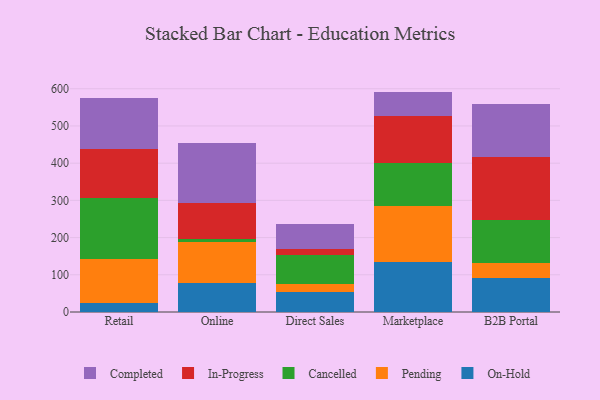
{"axis": {"x": "Channel", "y": "Tickets Resolved"}, "legend": ["Cancelled", "Completed", "In-Progress", "On-Hold", "Pending"], "data": [{"x": "Retail", "y": 24.7, "type": "On-Hold"}, {"x": "Retail", "y": 116.8, "type": "Pending"}, {"x": "Retail", "y": 164.6, "type": "Cancelled"}, {"x": "Retail", "y": 131.3, "type": "In-Progress"}, {"x": "Retail", "y": 138.9, "type": "Completed"}, {"x": "Online", "y": 77.4, "type": "On-Hold"}, {"x": "Online", "y": 111.8, "type": "Pending"}, {"x": "Online", "y": 7.9, "type": "Cancelled"}, {"x": "Online", "y": 95.0, "type": "In-Progress"}, {"x": "Online", "y": 161.7, "type": "Completed"}, {"x": "Direct Sales", "y": 52.6, "type": "On-Hold"}, {"x": "Direct Sales", "y": 21.6, "type": "Pending"}, {"x": "Direct Sales", "y": 80.3, "type": "Cancelled"}, {"x": "Direct Sales", "y": 14.0, "type": "In-Progress"}, {"x": "Direct Sales", "y": 69.1, "type": "Completed"}, {"x": "Marketplace", "y": 135.1, "type": "On-Hold"}, {"x": "Marketplace", "y": 148.7, "type": "Pending"}, {"x": "Marketplace", "y": 116.8, "type": "Cancelled"}, {"x": "Marketplace", "y": 127.4, "type": "In-Progress"}, {"x": "Marketplace", "y": 64.3, "type": "Completed"}, {"x": "B2B Portal", "y": 90.2, "type": "On-Hold"}, {"x": "B2B Portal", "y": 41.3, "type": "Pending"}, {"x": "B2B Portal", "y": 116.1, "type": "Cancelled"}, {"x": "B2B Portal", "y": 169.6, "type": "In-Progress"}, {"x": "B2B Portal", "y": 141.9, "type": "Completed"}]}